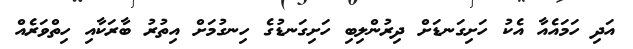
އަދި ހަމައެއާ އެކު ހަށިގަނޑަށް ދިރުންލިބި ހަށިގަނޑުގެ ހިނގުމަށް އިތުރު ބާރަކާއި ހިތްވަރެއް